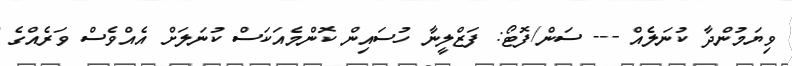
ވިޔަމުންދާ ކުނަލެއް --- ސަން/ފޮޓޯ: ފަޒްލީނާ ހުސައިން ކޮންމެއަކަސް ކުނަލަށް އެއްވެސް ވަރެއްގެ